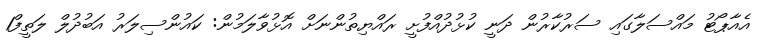
އެއާޕޯޓު މައްސަލާގައި ސަރުކާރުން ދަނީ ކުޅުދުއްފުށީ ރައްޔިތުންނަށް އޮޅުވާލަމުން: ކައުންސިލަރު އަބުދުލް ލަތީފް1